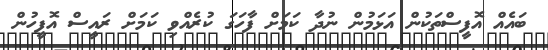
ބައެއް އޮފީސްތަކުން އަޅަމުން ނުދާ ކަމަށް ފާހަގަ ކުރެއްވި ކަމަށް ރައީސް އޮފީހުން